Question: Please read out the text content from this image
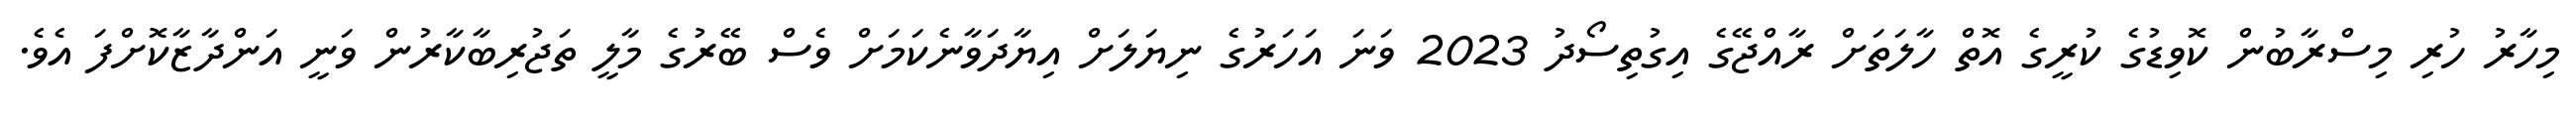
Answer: މިހާރު ހުރި މިސްރާބުން ކޮވިޑުގެ ކުރީގެ އޮތް ހާލަތަށް ރާއްޖޭގެ އިގުތިސޯދު 2023 ވަނަ އަހަރުގެ ނިޔަލަށް އިޔާދަވާނެކަމަށް ވެސް ބޭރުގެ މާލީ ތަޖުރިބާކާރުން ވަނީ އަންދާޒާކޮށްފަ އެވެ.